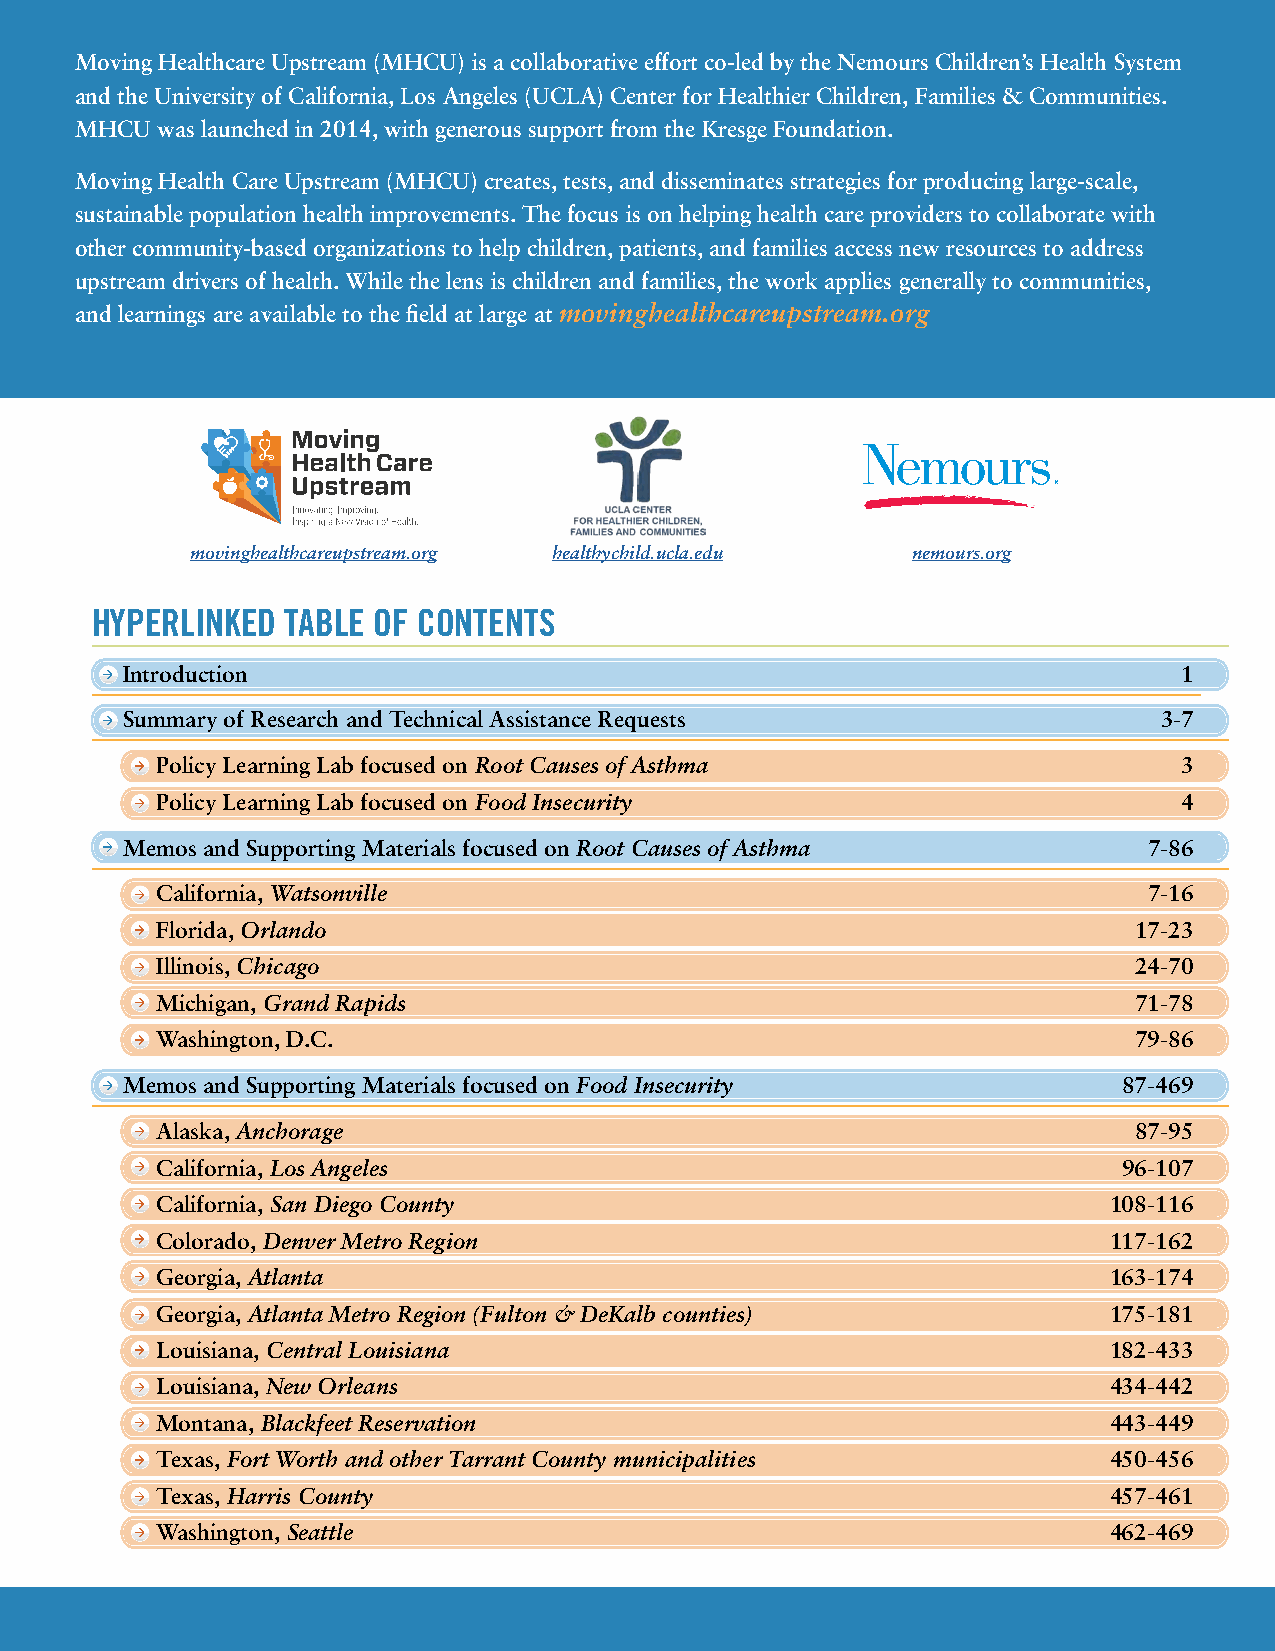
Moving Healthcare Upstream (MHCU) is a collaborative effort co-led by the Nemours Children’s Health System
 and the University of California, Los Angeles (UCLA) Center for Healthier Children, Families & Communities.
 MHCU was launched in 2014, with generous support from the Kresge Foundation.
 Moving Health Care Upstream (MHCU) creates, tests, and disseminates strategies for producing large-scale,
 sustainable population health improvements. The focus is on helping health care providers to collaborate with
 other community-based organizations to help children, patients, and families access new resources to address
 upstream drivers of health. While the lens is children and families, the work applies generally to communities,
 and learnings are available to the field at large at movinghealthcareupstream.org
 movinghealthcareupstream.org healthychild.ucla.edu nemours.org
 HYPERLINKED  TABLE OF CONTENTS
 Introduction                                                          1
 Summary of Research and Technical Assistance Requests                3-7
 Policy Learning Lab focused on Root Causes of Asthma                3
 Policy Learning Lab focused on Food Insecurity                      4
 Memos and Supporting Materials focused on Root Causes of Asthma     7-86
 California, Watsonville                                           7-16
 Florida, Orlando                                                 17-23
 Illinois, Chicago                                                24-70
 Michigan, Grand Rapids                                           71-78
 Washington, D.C.                                                 79-86
 Memos and Supporting Materials focused on Food Insecurity         87-469
 Alaska, Anchorage                                                87-95
 California, Los Angeles                                         96-107
 California, San Diego County                                   108-116
 Colorado, Denver Metro Region                                  117-162
 Georgia, Atlanta                                               163-174
 Georgia, Atlanta Metro Region (Fulton & DeKalb counties)       175-181
 Louisiana, Central Louisiana                                   182-433
 Louisiana, New Orleans                                         434-442
 Montana, Blackfeet Reservation                                 443-449
 Texas, Fort Worth and other Tarrant County municipalities      450-456
 Texas, Harris County                                           457-461
 Washington, Seattle                                            462-469